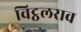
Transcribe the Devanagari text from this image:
विट्ठलराव